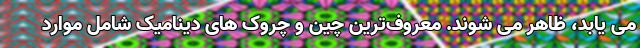
می یابد، ظاهر می شوند. معروف‌ترین چین و چروک های دینامیک شامل موارد